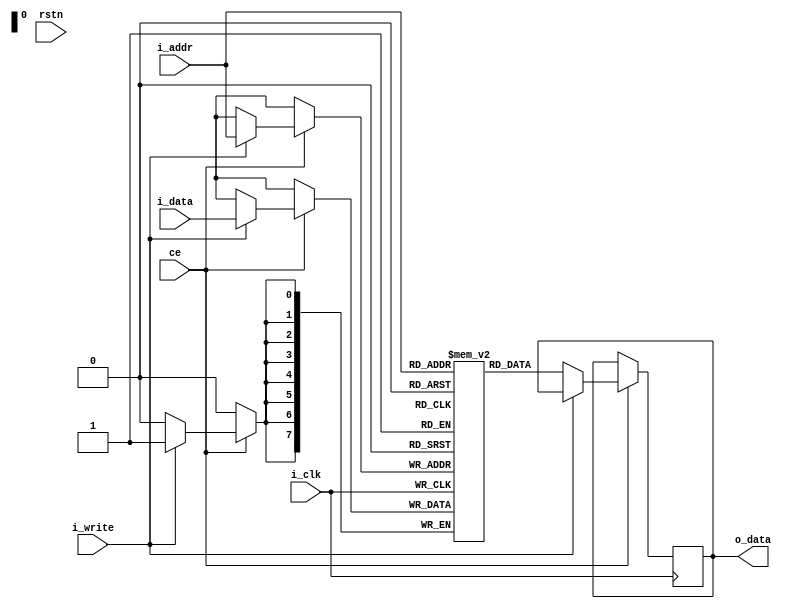
module sram #(parameter ADDR_WIDTH = 8, DATA_WIDTH = 8, DEPTH = 256) (
    input wire i_clk,
    input rstn,
    input ce,
    input wire [ADDR_WIDTH-1:0] i_addr, 
    input wire i_write,
    input wire [DATA_WIDTH-1:0] i_data,
    output reg [DATA_WIDTH-1:0] o_data 
    );

    (* ram_style = {"block"} *) reg [DATA_WIDTH-1:0] memory_array [0:DEPTH-1]; 

    always @ (posedge i_clk)
    begin
        if(ce) begin
        if(i_write) begin
            memory_array[i_addr] <= i_data;
        end
        else begin
            o_data <= memory_array[i_addr];
        end     
        end
    end
endmodule